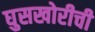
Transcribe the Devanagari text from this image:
घुसखोरीची